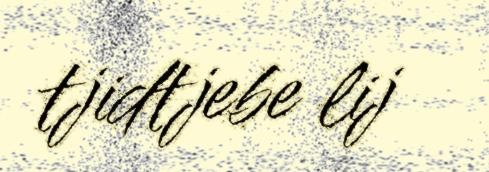
tjidtjebe lij